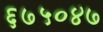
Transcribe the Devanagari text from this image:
६७५०४७